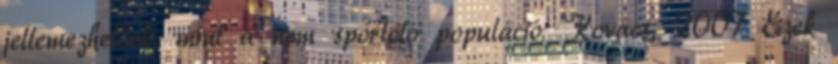
jellemezhetőek, mint a nem sportoló populáció. Kovács, 2007 Ezek